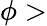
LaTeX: \phi>